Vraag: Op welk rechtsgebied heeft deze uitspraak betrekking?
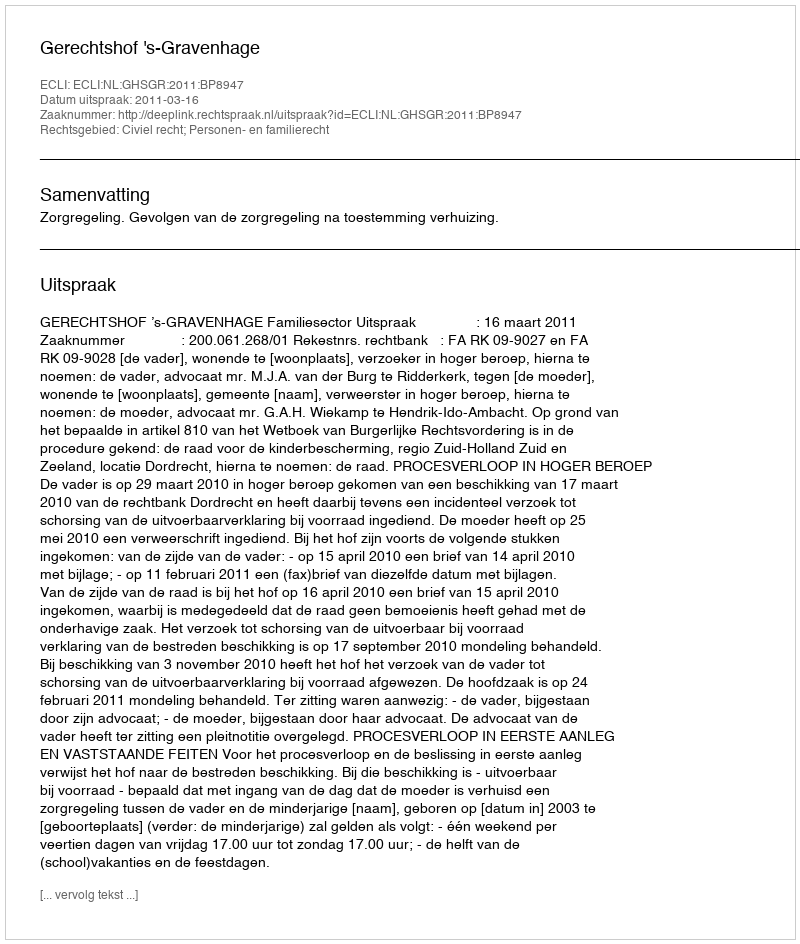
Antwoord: Civiel recht; Personen- en familierecht